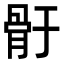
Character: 骬